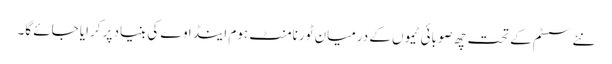
نئے سسٹم کے تحت چھ صوبائی ٹیموں کے درمیان ٹورنامنٹ ہوم اینڈ اوے کی بنیاد پر کرایا جائے گا۔